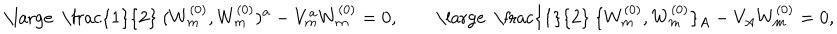
\mathrm { \large ~ \frac { 1 } { 2 } ~ } ( W _ { m } ^ { ( 0 ) } , W _ { m } ^ { ( 0 ) } ) ^ { a } - V _ { m } ^ { a } W _ { m } ^ { ( 0 ) } = 0 , \qquad \mathrm { \large ~ \frac { 1 } { 2 } ~ } \{ W _ { m } ^ { ( 0 ) } , W _ { m } ^ { ( 0 ) } \} _ { A } - V _ { A } W _ { m } ^ { ( 0 ) } = 0 ,